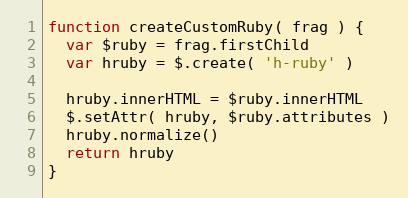
Language: JavaScript
function createCustomRuby( frag ) {
  var $ruby = frag.firstChild
  var hruby = $.create( 'h-ruby' )

  hruby.innerHTML = $ruby.innerHTML
  $.setAttr( hruby, $ruby.attributes )
  hruby.normalize()
  return hruby
}